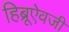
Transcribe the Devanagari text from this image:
हिब्रूऐवजी